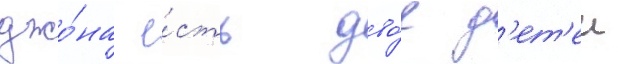
джо́на е́сть дво́е д'ет'еи